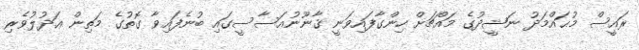
ރައީސް މުޙައްމަދު ނަޝީދުގެ މައްޗަށް ހިންގާފައިވަނީ ޤާނޫނުއަސާސީގައި ބުނެފައިވާ ގޮތުގެ މަތިން ޢަދުލުވެރި